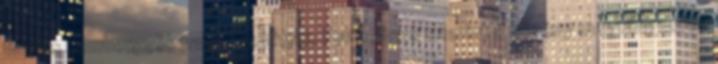
vagyis „embergyökérnek” is hívják. Felfogásuk szerint a növény megvilágosítja